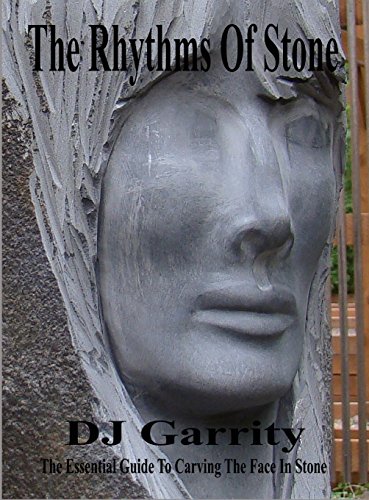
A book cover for The Rhythms of Stone; Dj Garrity; Arts & Photography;